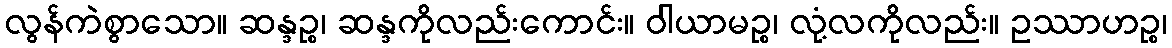
လွန်ကဲစွာသော။ ဆန္ဒဉ္စ၊ ဆန္ဒကိုလည်းကောင်း။ ဝါယာမဉ္စ၊ လုံ့လကိုလည်း။ ဥဿာဟဉ္စ၊